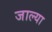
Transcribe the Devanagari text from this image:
जाल्या